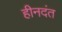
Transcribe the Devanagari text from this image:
हीनदंत